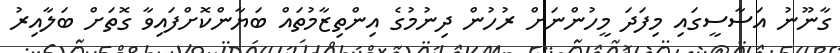
ގާނޫނު އަސާސީގައި މިފަދަ މީހުންނަށް ރުހުން ދިނުމުގެ އިންތިޒާމުތައް ބަޔާންކޮށްފައިވާ ގޮތަށް ބަލާއިރު